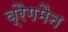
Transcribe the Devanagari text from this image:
ब्रैगमैन